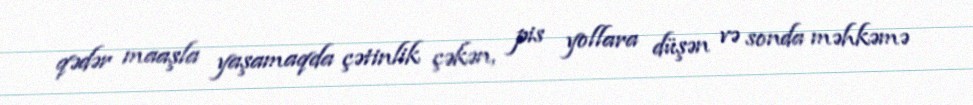
qədər maaşla yaşamaqda çətinlik çəkən, pis yollara düşən və sonda məhkəmə